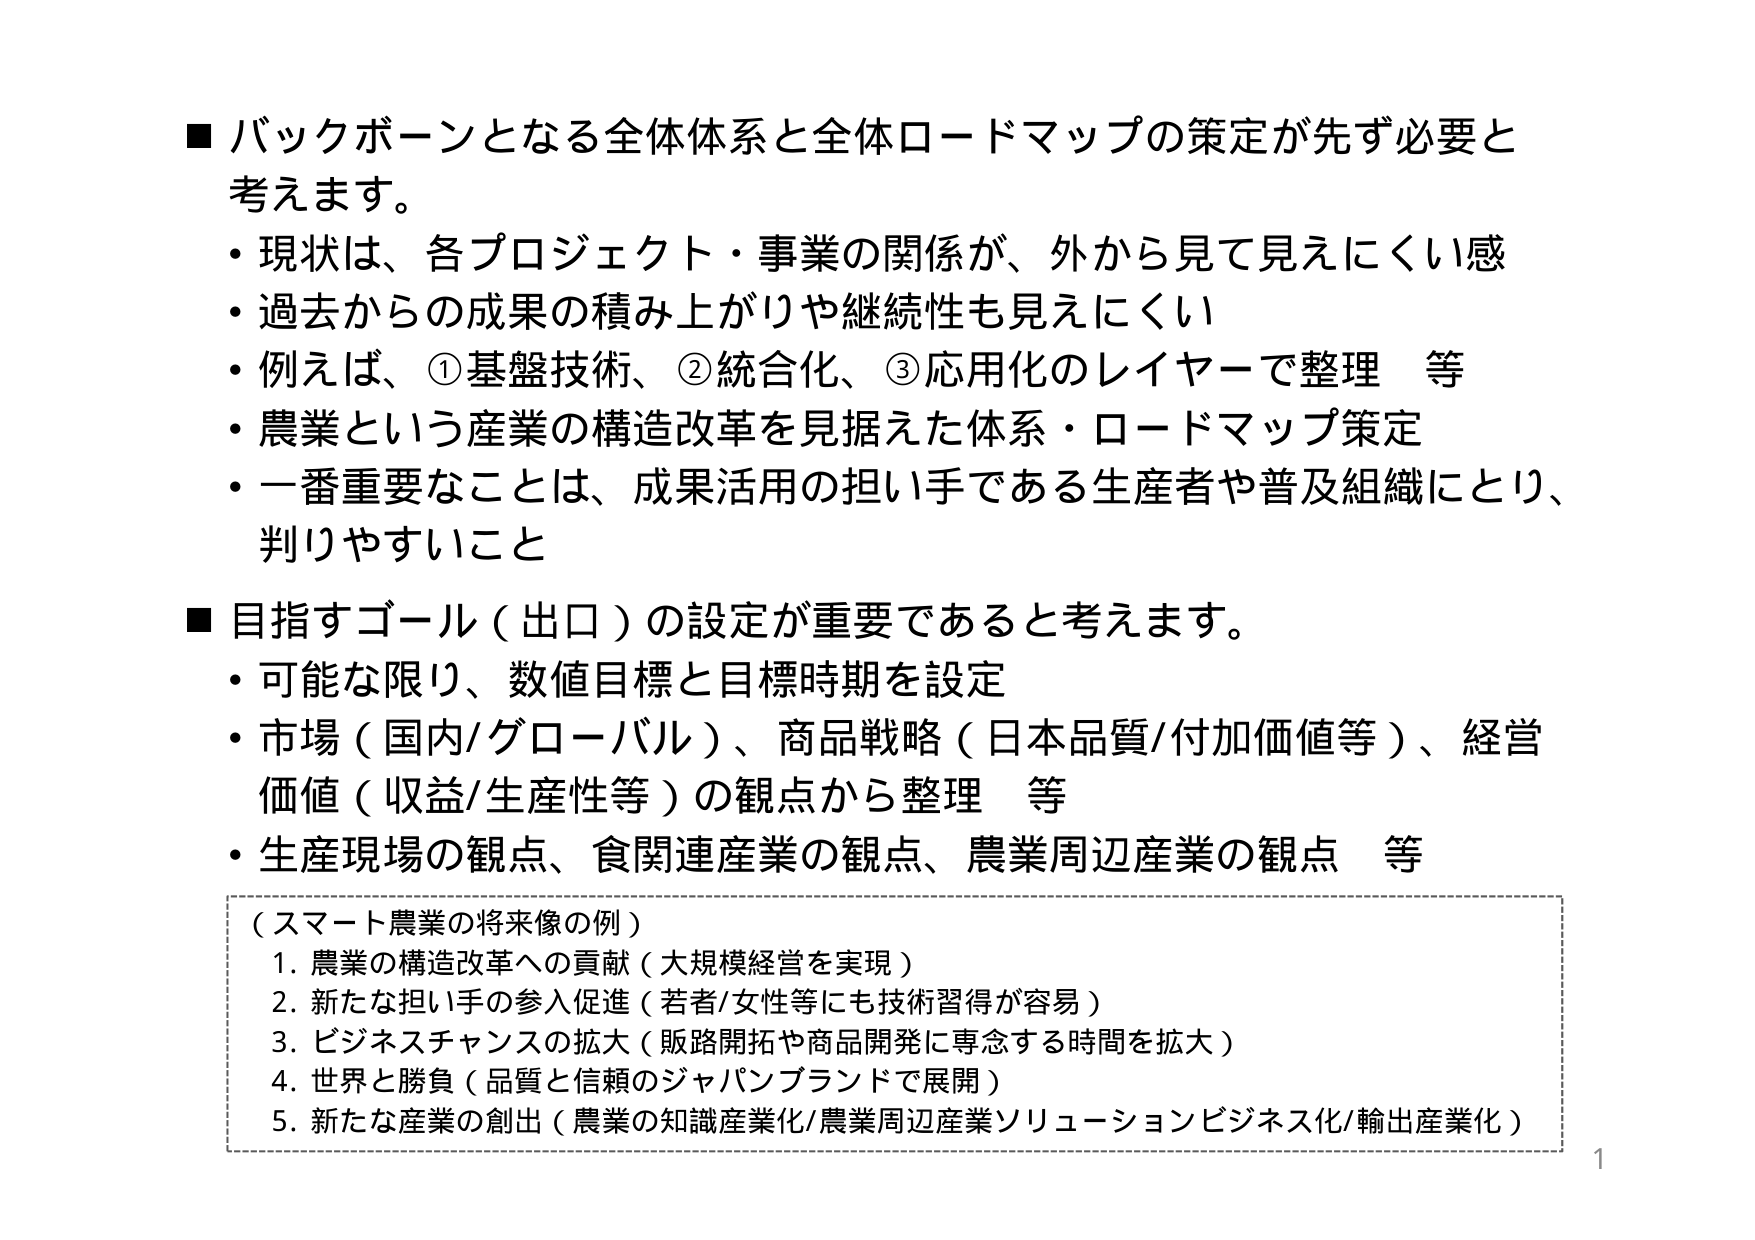
■ バックボーンとなる全体体系と全体ロードマップの策定が先ず必要と考えます。
・現状は、各プロジェクト・事業の関係が、外から見て見えにくい感
・過去からの成果の積み上がりや継続性も見えにくい
・例えば、①基盤技術、②統合化、③応用化のレイヤーで整理 等
・農業という産業の構造改革を見据えた体系・ロードマップ策定
・一番重要なことは、成果活用の担い手である生産者や普及組織にとり、判りやすいこと

■ 目指すゴール（出口）の設定が重要であると考えます。
・可能な限り、数値目標と目標時期を設定
・市場（国内/グローバル）、商品戦略（日本品質/付加価値等）、経営価値（収益/生産性等）の観点から整理 等
・生産現場の観点、食関連産業の観点、農業周辺産業の観点 等

（スマート農業の将来像の例）
1. 農業の構造改革への貢献（大規模経営を実現）
2. 新たな担い手の参入促進（若者/女性等にも技術習得が容易）
3. ビジネスチャンスの拡大（販路開拓や商品開発に専念する時間を拡大）
4. 世界と勝負（品質と信頼のジャパンブランドで展開）
5. 新たな産業の創出（農業の知識産業化/農業周辺産業ソリューションビジネス化/輸出産業化）

1